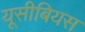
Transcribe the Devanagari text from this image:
यूसीबियस